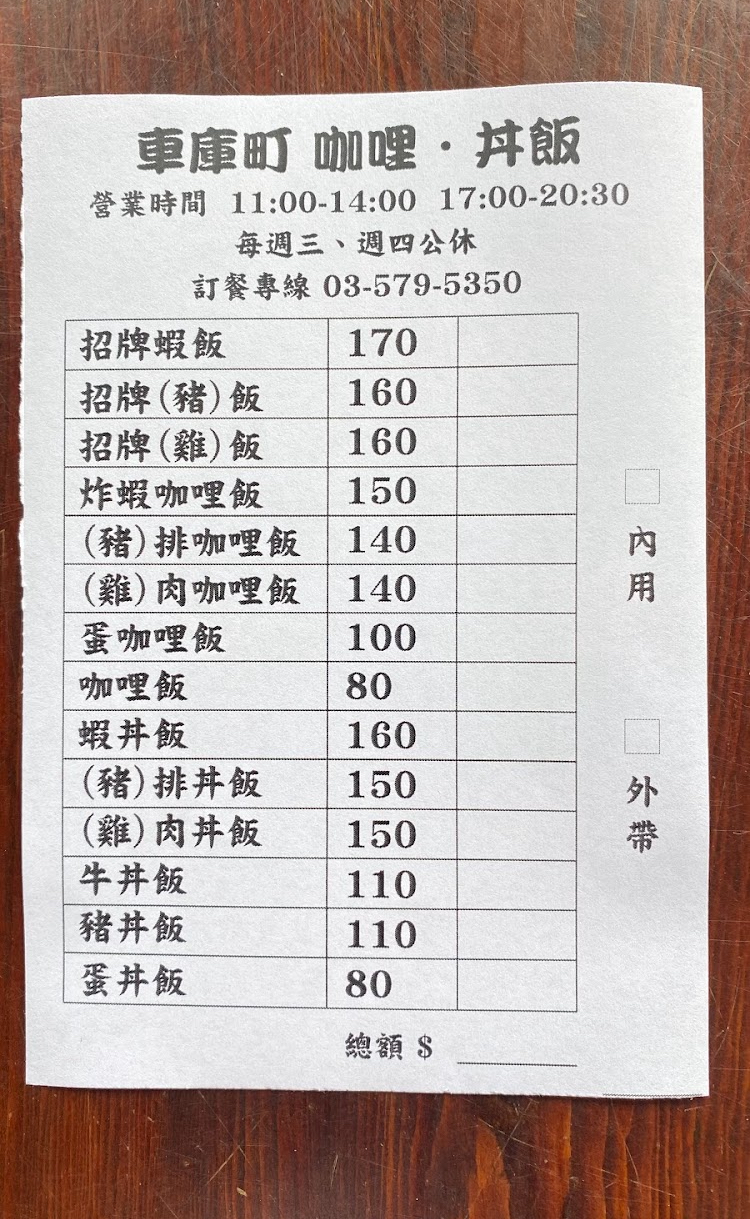
餐廳：車庫町咖哩•丼飯
電話：03-579-5350
營業時間：11:00-14:00,17:00-20:30
菜單：
name: 招牌蝦飯
price: 170
name: 招牌(豬)飯
price: 160
name: 招牌(雞)飯
price: 160
name: 炸蝦咖哩飯
price: 150
name: (豬)排咖哩飯
price: 140
name: (雞)肉咖哩飯
price: 140
name: 蛋咖哩飯
price: 100
name: 咖哩飯
price: 80
name: 蝦丼飯
price: 160
name: (豬)排丼飯
price: 150
name: (雞)肉丼飯
price: 150
name: 牛丼飯
price: 110
name: 豬丼飯
price: 110
name: 蛋丼飯
price: 80